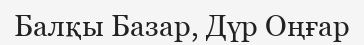
Балқы Базар, Дүр Оңғар